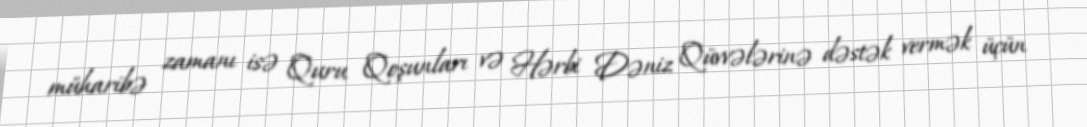
müharibə zamanı isə Quru Qoşunları və Hərbi Dəniz Qüvvələrinə dəstək vermək üçün